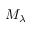
M _ { \lambda }